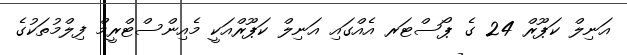
އަނިލް ކަޕޫރް 24 ގެ ޕޯސްޓަރ އެއްގައި އަނިލް ކަޕޫރްއަކީ މެއިންސްޓްރީމް ފިލްމުތަކުގެ